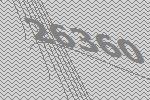
26360